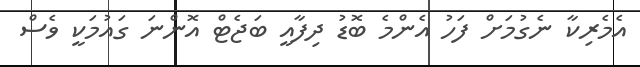
އެމެރިކާ ނެގުމަށް ފަހު އެންމެ ބޮޑު ދިފާއީ ބަޖެޓް އޮންނަ ގައުމަކީ ވެސް